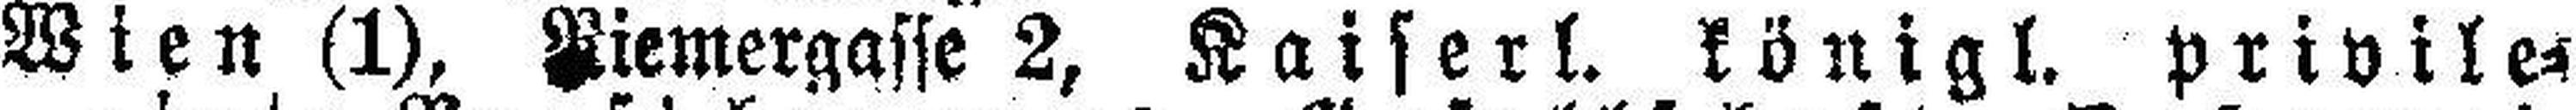
Wien (1), ###iemergasse 2, Kaiserl. königl. privile¬